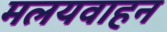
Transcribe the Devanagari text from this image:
मलयवाहन